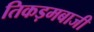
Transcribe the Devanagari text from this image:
तिकड़मबाजी